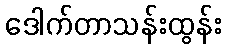
ဒေါက်တာသန်းထွန်း